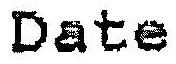
DATE